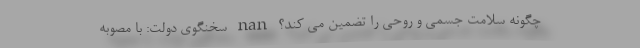
چگونه سلامت جسمی و روحی را تضمین می کند؟ nan سخنگوی دولت: با مصوبه